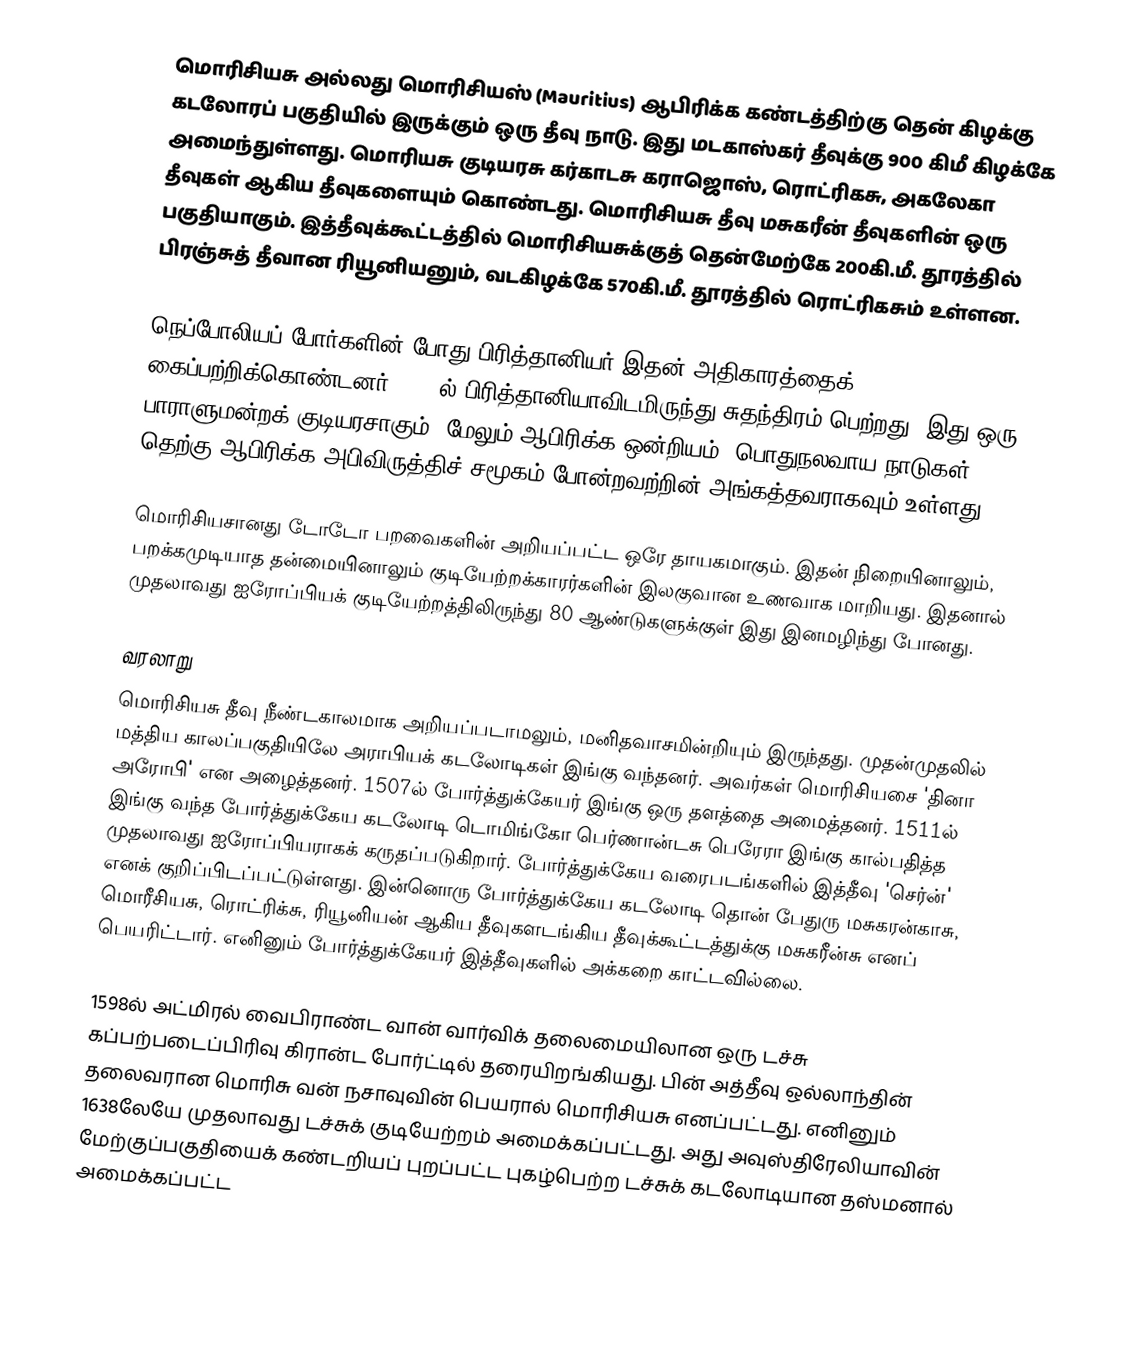
மொரிசியசு அல்லது மொரிசியஸ் (Mauritius) ஆபிரிக்க கண்டத்திற்கு தென் கிழக்கு கடலோரப் பகுதியில் இருக்கும் ஒரு தீவு நாடு. இது மடகாஸ்கர் தீவுக்கு 900 கிமீ கிழக்கே அமைந்துள்ளது. மொரியசு குடியரசு கர்காடசு கராஜொஸ், ரொட்ரிகசு, அகலேகா தீவுகள் ஆகிய தீவுகளையும் கொண்டது.  மொரிசியசு தீவு மசுகரீன் தீவுகளின் ஒரு பகுதியாகும். இத்தீவுக்கூட்டத்தில் மொரிசியசுக்குத் தென்மேற்கே 200கி.மீ. தூரத்தில் பிரஞ்சுத் தீவான ரியூனியனும், வடகிழக்கே 570கி.மீ. தூரத்தில் ரொட்ரிகசும் உள்ளன.

நெப்போலியப் போர்களின் போது பிரித்தானியர் இதன் அதிகாரத்தைக் கைப்பற்றிக்கொண்டனர். 1968ல் பிரித்தானியாவிடமிருந்து சுதந்திரம் பெற்றது. இது ஒரு பாராளுமன்றக் குடியரசாகும். மேலும் ஆபிரிக்க ஒன்றியம், பொதுநலவாய நாடுகள், தெற்கு ஆபிரிக்க அபிவிருத்திச் சமூகம் போன்றவற்றின் அங்கத்தவராகவும் உள்ளது.

மொரிசியசானது டோடோ பறவைகளின் அறியப்பட்ட ஒரே தாயகமாகும். இதன் நிறையினாலும், பறக்கமுடியாத தன்மையினாலும் குடியேற்றக்காரர்களின் இலகுவான உணவாக மாறியது. இதனால் முதலாவது ஐரோப்பியக் குடியேற்றத்திலிருந்து 80 ஆண்டுகளுக்குள் இது இனமழிந்து போனது.

வரலாறு
மொரிசியசு தீவு நீண்டகாலமாக அறியப்படாமலும், மனிதவாசமின்றியும் இருந்தது. முதன்முதலில் மத்திய காலப்பகுதியிலே அராபியக் கடலோடிகள் இங்கு வந்தனர். அவர்கள் மொரிசியசை 'தினா அரோபி' என அழைத்தனர். 1507ல் போர்த்துக்கேயர் இங்கு ஒரு தளத்தை அமைத்தனர். 1511ல் இங்கு வந்த போர்த்துக்கேய கடலோடி டொமிங்கோ பெர்ணான்டசு பெரேரா இங்கு கால்பதித்த முதலாவது ஐரோப்பியராகக் கருதப்படுகிறார். போர்த்துக்கேய வரைபடங்களில் இத்தீவு 'செர்ன்' எனக் குறிப்பிடப்பட்டுள்ளது. இன்னொரு போர்த்துக்கேய கடலோடி தொன் பேதுரு மசுகரன்காசு, மொரீசியசு, ரொட்ரிக்சு, ரியூனியன் ஆகிய தீவுகளடங்கிய தீவுக்கூட்டத்துக்கு மசுகரீன்சு எனப் பெயரிட்டார். எனினும் போர்த்துக்கேயர் இத்தீவுகளில் அக்கறை காட்டவில்லை.

1598ல் அட்மிரல் வைபிராண்ட வான் வார்விக் தலைமையிலான ஒரு டச்சு கப்பற்படைப்பிரிவு கிரான்ட போர்ட்டில் தரையிறங்கியது.  பின் அத்தீவு ஒல்லாந்தின் தலைவரான மொரிசு வன் நசாவுவின் பெயரால் மொரிசியசு எனப்பட்டது. எனினும் 1638லேயே முதலாவது டச்சுக் குடியேற்றம் அமைக்கப்பட்டது. அது அவுஸ்திரேலியாவின் மேற்குப்பகுதியைக் கண்டறியப் புறப்பட்ட புகழ்பெற்ற டச்சுக் கடலோடியான தஸ்மனால் அமைக்கப்பட்ட